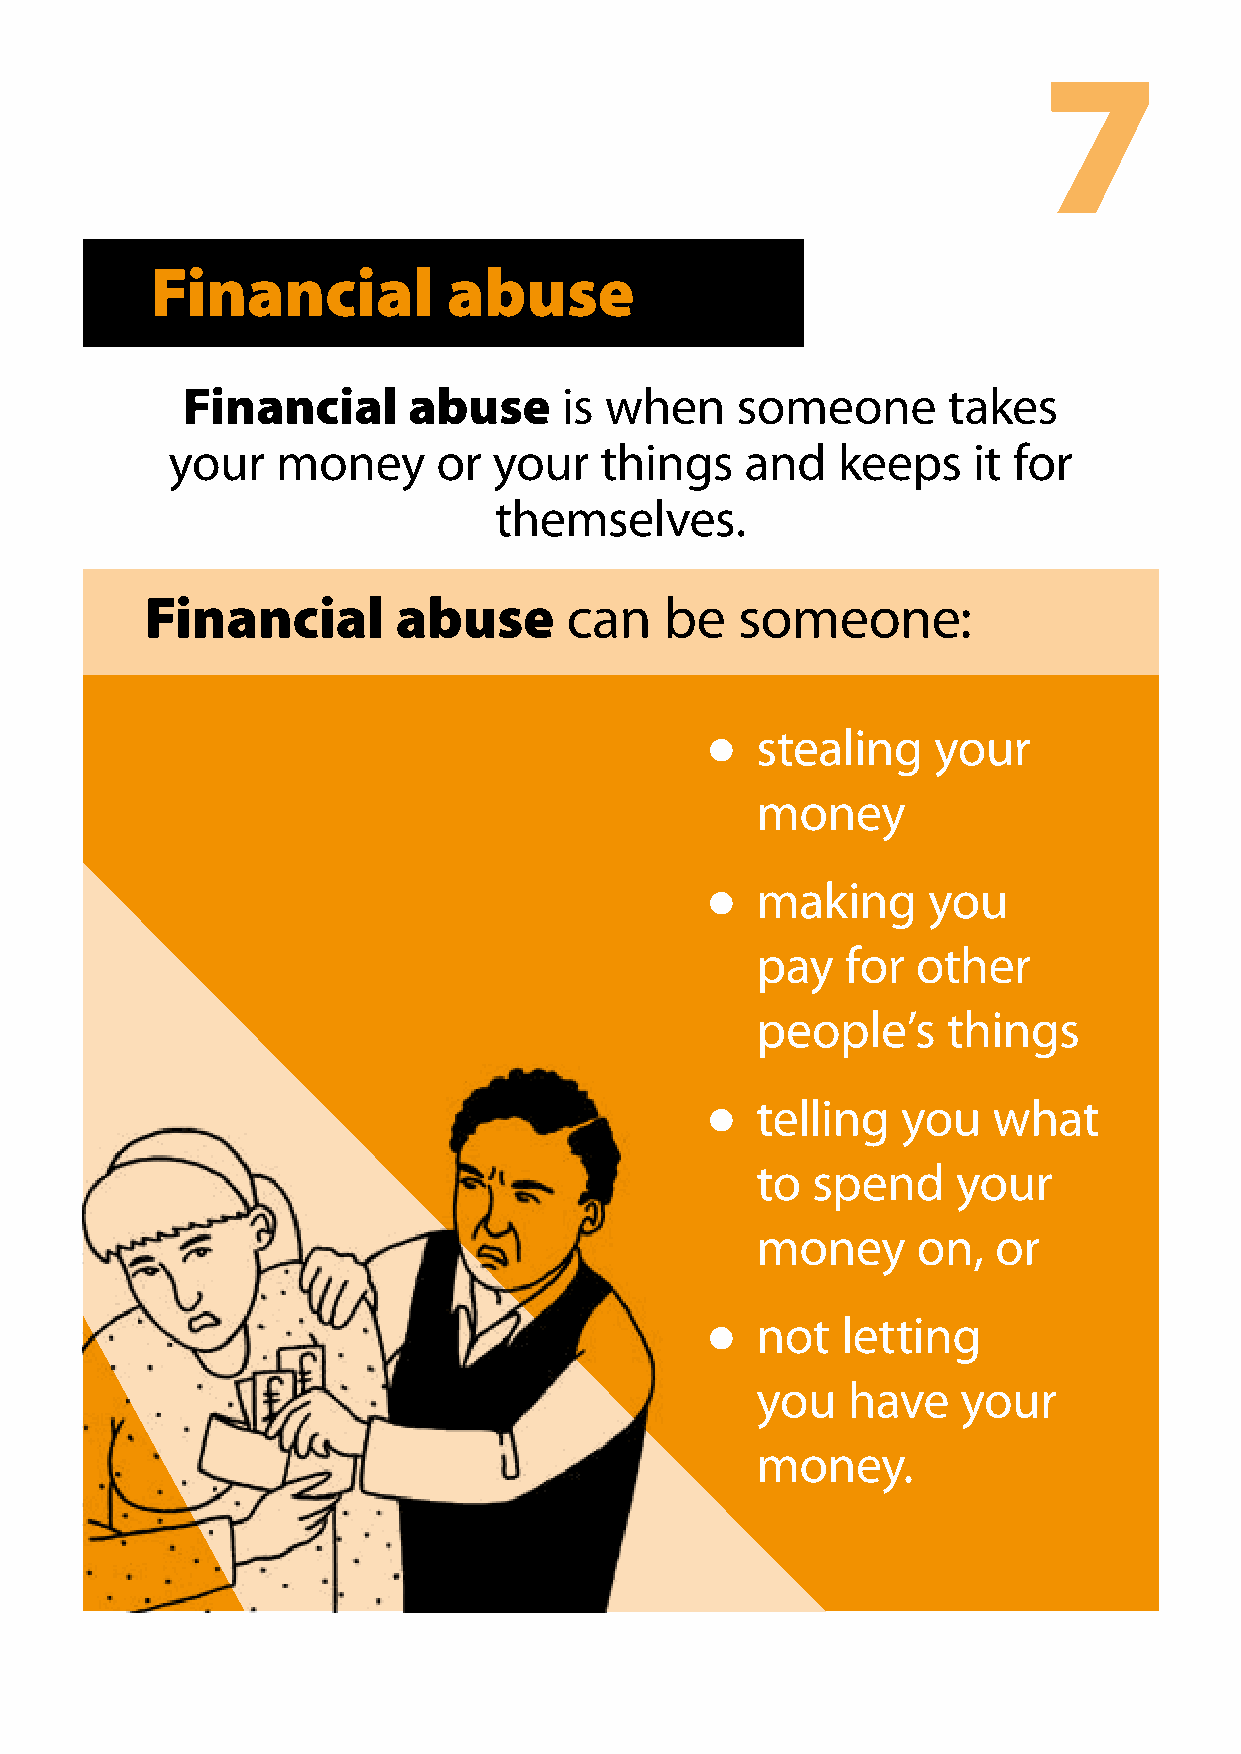
7
 Financial           abuse
 Financial      abuse     is when     someone       takes
 your   money      or  your   things   and   keeps    it for
 themselves.
 Financial       abuse      can    be   someone:
 kisses you or touches you where you               stealing    your
 l                                              l
 do not want to be touched                         money
 has sex with you, when you do not want to
 l                                                 making     you
 l
 takes pictures of you without                     pay   for  other
 l
 your clothes on, or                               people’s     things
 sends you pictures
 l
 telling   you   what
 l
 or messages about
 to  spend    your
 their private parts
 money      on,  or
 or what they want
 not   letting
 l
 to do to you.
 you   have    your
 money.